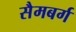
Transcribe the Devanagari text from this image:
सैमबर्ग